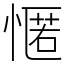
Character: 㥾